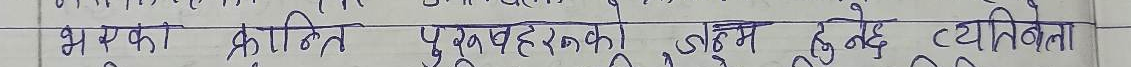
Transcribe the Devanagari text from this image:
भयका कृतिंत पुनर्वहरको जन्मदेखते व्यक्तिता